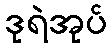
ဒုရဲအုပ်